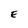
Character: E